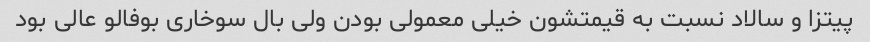
پیتزا و سالاد نسبت به قیمتشون خیلی معمولی بودن ولی بال سوخاری بوفالو عالی بود